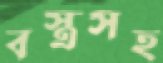
বস্ত্রসহ